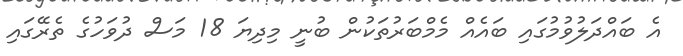
އެ ބައްދަލުވުމުގައި ބައެއް މެމްބަރުތަކުން ބުނީ މިދިޔަ 18 މަސް ދުވަހުގެ ތެރޭގައި